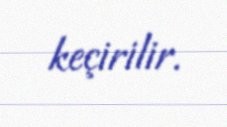
keçirilir.